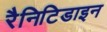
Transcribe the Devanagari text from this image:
रैनिटिडाइन